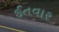
ઈતવાર